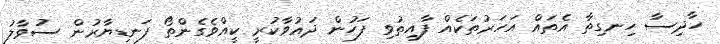
ހާދިސާ ހިނގިތާ އެތައް އަހަރުތަކެއް ފާއިތުވި ފަހުން ދައުވާކުރީ ކީއްވެގެންތޯ ފަނޑިޔާރުން ސުވާލު